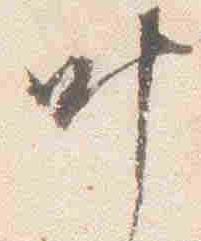
叶